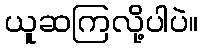
ယူဆကြလို့ပါပဲ။